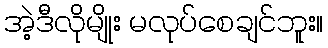
အဲ့ဒီလိုမျိုး မလုပ်စေချင်ဘူး။